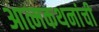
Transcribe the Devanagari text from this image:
आत्मकथनांची